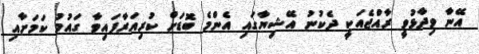
އޭނާ ވިދާޅުވީ ރާއްޖެއަކީ ދެކުނު އޭޝިޔާގައި އެންމެ ބޮޑަށް ކުރިއަރާފައިވާ ގައުމު ކަމަށާއި